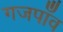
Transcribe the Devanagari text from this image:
गजपाँव